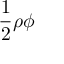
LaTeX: { \frac { 1 } { 2 } } \rho \phi